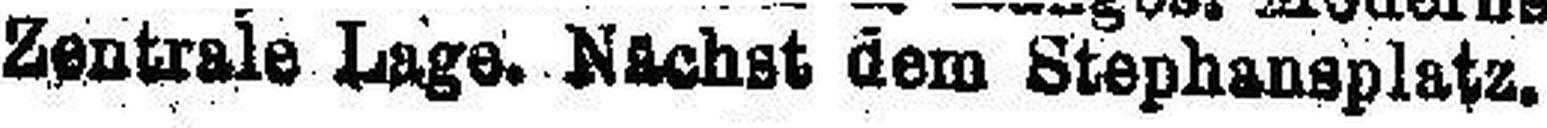
Zentrale Lage. Nächst dem Stephansplatz.